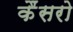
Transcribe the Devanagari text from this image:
कैंसरो